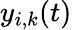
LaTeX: y_{i,k}(t)